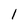
Character: l